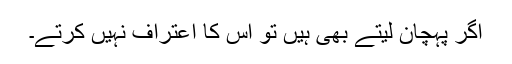
اگر پہچان لیتے بھی ہیں تو اس کا اعتراف نہیں کرتے۔